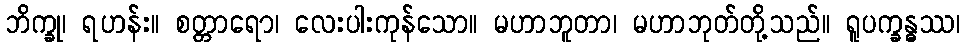
ဘိက္ခု၊ ရဟန်း။ စတ္တာရော၊ လေးပါးကုန်သော။ မဟာဘူတာ၊ မဟာဘုတ်တို့သည်။ ရူပက္ခန္ဓဿ၊